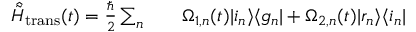
\begin{array} { r l r } { \hat { \tilde { H } } _ { \mathrm { t r a n s } } ( t ) = \frac { \hbar } { 2 } \sum _ { n } } & { { } } & { \Omega _ { 1 , n } ( t ) \vert i _ { n } \rangle \langle g _ { n } \vert + \Omega _ { 2 , n } ( t ) \vert r _ { n } \rangle \langle i _ { n } \vert } \end{array}